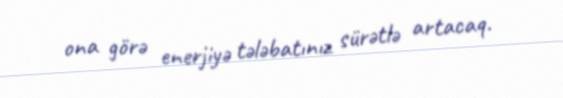
ona görə enerjiyə tələbatınız sürətlə artacaq.